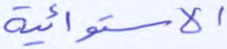
الاستوائية